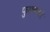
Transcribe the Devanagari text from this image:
फुलवणारे